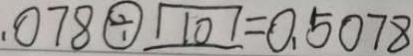
. 0 7 8 \textcircled { \div } 1 0 = 0 . 5 0 7 8